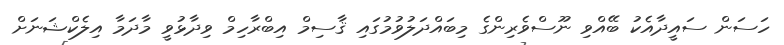
ހަސަން ސައީދާއެކު ބޭއްވި ނޫސްވެރިންގެ މިބައްދަލުވުމުގައި ޤާސިމް އިބްރާހިމް ވިދާޅުވީ މާދަމާ އިލެކްޝަނަށް